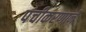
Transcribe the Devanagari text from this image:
पंचीकरणानें